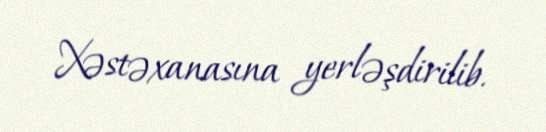
Xəstəxanasına yerləşdirilib.